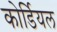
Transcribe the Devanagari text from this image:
कोर्डियल